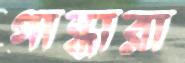
গান্ধারা